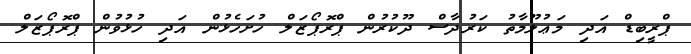
ޕްރީބިޑް އަދި މަޢުލޫމާތު ކަރުދާސް ދޫކުރުން ޕްރޮޕޯޒަލް ހުށަހެޅުން އަދި ހުޅުވުން ޕްރޮޕޯޒަލް